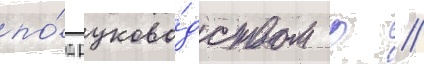
по́д руково́дством р //